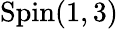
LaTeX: \mathrm{Spin}(1,3)